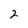
Character: 2